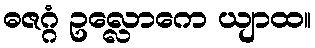
ဓဇဂ္ဂံ ဥလ္လောကေ ယျာထ။